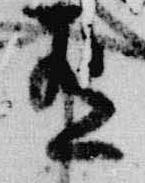
有